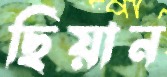
ছিয়ান